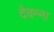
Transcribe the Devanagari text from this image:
देवन्ना